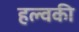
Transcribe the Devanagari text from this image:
हल्वकी